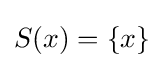
S\!\left(x\right)=\left\{x\right\}